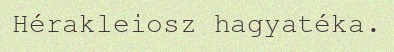
Hérakleiosz hagyatéka.